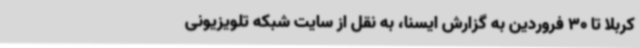
کربلا تا 30 فروردین به گزارش ایسنا، به نقل از سایت شبکه تلویزیونی